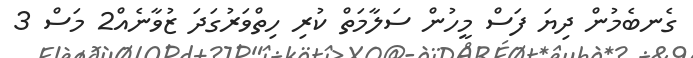
ގެނބެމުން ދިޔަ ފަސް މީހުން ސަލާމަތް ކުރި ހިތްވަރުގަދަ ޒުވާނެއް2 މަސް 3